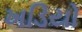
ખડિયો